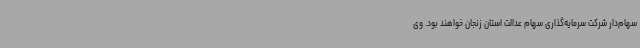
سهام‌دار شرکت سرمایه‌گذاری سهام عدالت استان زنجان خواهند بود. وی